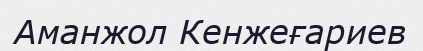
Аманжол Кенжеғариев